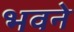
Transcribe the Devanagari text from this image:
भवने